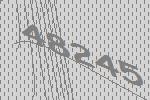
48245